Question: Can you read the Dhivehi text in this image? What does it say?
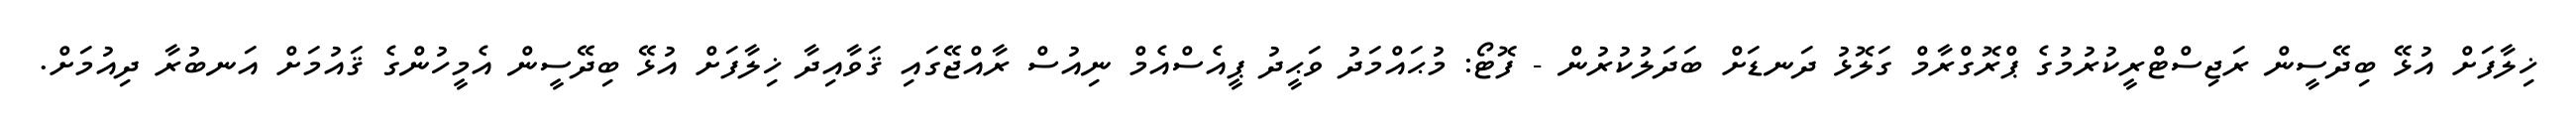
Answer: ޚިލާފަށް އުޅޭ ބިދޭސީން ރަޖިސްޓްރީކުރުމުގެ ޕްރޮގްރާމް ގަލޮޅު ދަނޑަށް ބަދަލުކުރުން - ފޮޓޯ: މުޙައްމަދު ވަޙީދު ޕީއެސްއެމް ނިއުސް ރާއްޖޭގައި ޤަވާއިދާ ޚިލާފަށް އުޅޭ ބިދޭސީން އެމީހުންގެ ޤައުމަށް އަނބުރާ ދިއުމަށް.